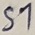
Text: S1